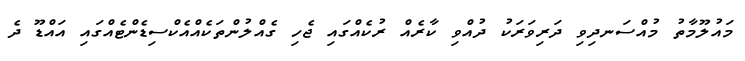
މައުލޫމާތު މުއްސަނދިވި ދަރިވަރަކު ދުއްވި ކާރެއް ރުކެއްގައި ޖެހި ގެއްލުންތަކެއްއެކްސިޑެންޓެއްގައި އައްޑޫ ދެ